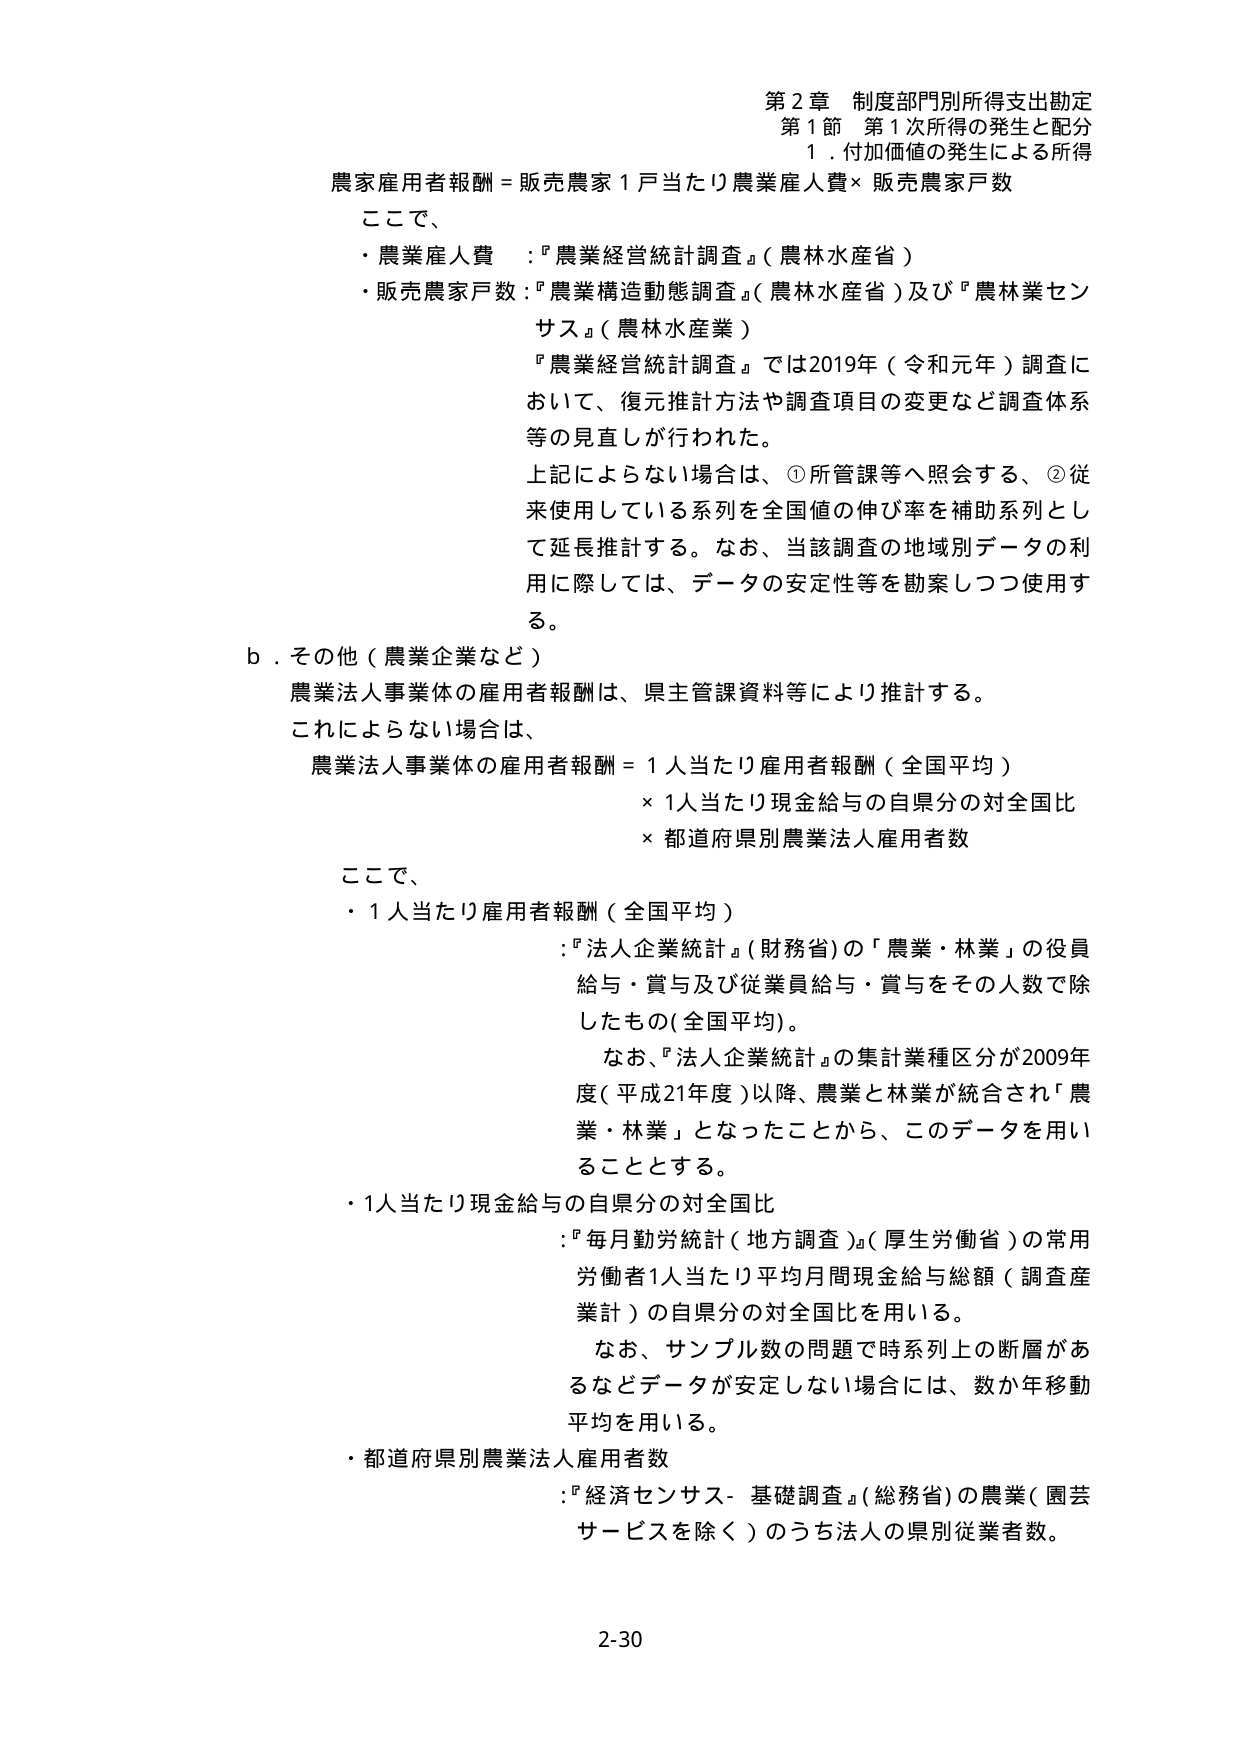
第２章 制度部門別所得支出勘定
第１節 第１次所得の発生と配分
１．付加価値の発生による所得

農家雇用者報酬＝販売農家１戸当たり農業雇人費×販売農家戸数

ここで、
・農業雇人費 ：『農業経営統計調査』（農林水産省）
・販売農家戸数：『農業構造動態調査』（農林水産省）及び『農林業センサス』（農林水産業）

『農業経営統計調査』では2019年（令和元年）調査において、復元推計方法や調査項目の変更など調査体系等の見直しが行われた。
上記によらない場合は、①所管課等へ照会する、②従来使用している系列を全国値の伸び率を補助系列として延長推計する。なお、当該調査の地域別データの利用に際しては、データの安定性等を勘案しつつ使用する。

ｂ．その他（農業企業など）
農業法人事業体の雇用者報酬は、県主管課資料等により推計する。
これによらない場合は、
農業法人事業体の雇用者報酬＝１人当たり雇用者報酬（全国平均）
　×１人当たり現金給与の自県分の対全国比
　×都道府県別農業法人雇用者数

ここで、
・１人当たり雇用者報酬（全国平均）
　：『法人企業統計』（財務省）の「農業・林業」の役員給与・賞与及び従業員給与・賞与をその人数で除したもの（全国平均）。
　なお、『法人企業統計』の集計業種区分が2009年度（平成21年度）以降、農業と林業が統合され「農業・林業」となったことから、このデータを用いることとする。
・１人当たり現金給与の自県分の対全国比
　：『毎月勤労統計（地方調査）』（厚生労働省）の常用労働者１人当たり平均月間現金給与総額（調査産業計）の自県分の対全国比を用いる。
　なお、サンプル数の問題で時系列上の断層があるなどデータが安定しない場合には、数か年移動平均を用いる。
・都道府県別農業法人雇用者数
　：『経済センサス－基礎調査』（総務省）の農業（園芸サービスを除く）のうち法人の県別従業者数。

2-30